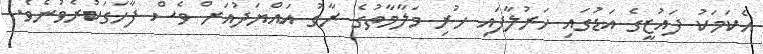
އެކަމަކު ފައުޒީގެ އަޑުގައި ހަރުލާފައި ހުރި މަލާމާތުގެ ރާގު އައްޔަދުއަށް ވެސް ފާހަގަކުރެވުނެވެ.